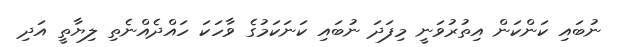
ނުބައި ކަންކަން އިތުރުވަނީ މިފަދަ ނުބައި ކަނަކަމުގެ ވާހަކަ ހައްދެއްނެތި ލިޔާތީ އަދި